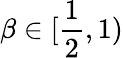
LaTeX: \beta\in[\frac 12,1)